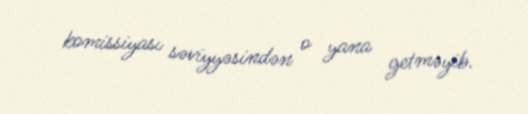
komissiyası səviyyəsindən o yana getməyib.